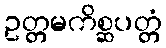
ဥတ္တမကိစ္ဆပတ္တံ